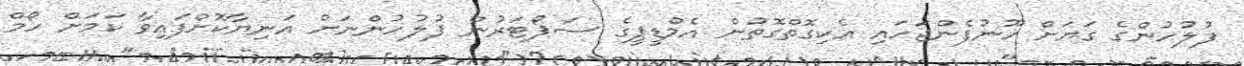
ފުލުހުންގެ ގަޔަށް ހޫނުފެންޖަހައި އެކިގޮތްގޮތުން އެމްޑީޕީގެ ސަޕޯޓަރުން ފުލުހުންނަށް އަނިޔާކޮށްފައިވާ ކަމަށް ހޯމް